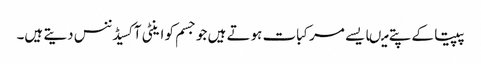
پپیتا کے پتے میںایسے مرکبات ہوتے ہیں جو جسم کو اینٹی آکسیڈننس دیتے ہیں۔